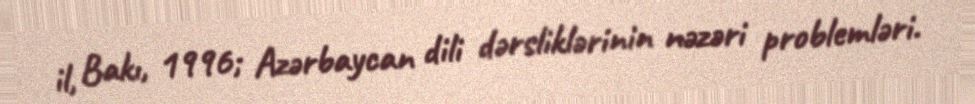
il, Bakı, 1996; Azərbaycan dili dərsliklərinin nəzəri problemləri.